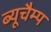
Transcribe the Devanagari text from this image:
ब्यूचैम्प